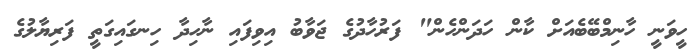
ހީވަނީ ހާނިމްބޭބެއަށް ކާން ހަދަންހެން" ފަރުހާދުގެ ޖަވާބު އިވިފައި ނާހިދާ ހިނގައިގަތީ ފަރިޔާލުގެ